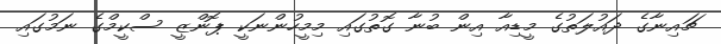
ޗައިނާގެ ދައުލަތުގެ މީޑިއާ އިން ބުނާ ގޮތުގައި މިމީހުންނަކީ ޕޮންޒީ ސްކީމްގެ ނަމުގައި